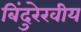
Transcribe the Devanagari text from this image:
बिंदुरेखीय